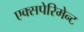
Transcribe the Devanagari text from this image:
एक्सपेरिमेन्ट